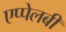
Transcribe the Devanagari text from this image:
एप्पेलबी